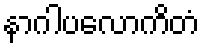
နာဂါပလောကိတံ